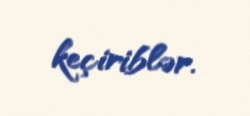
keçiriblər.